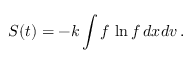
S ( t ) = - k \int f \, \ln f \, d \boldsymbol { x } d \boldsymbol { v } \, .